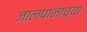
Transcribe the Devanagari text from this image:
जालपानाच्या